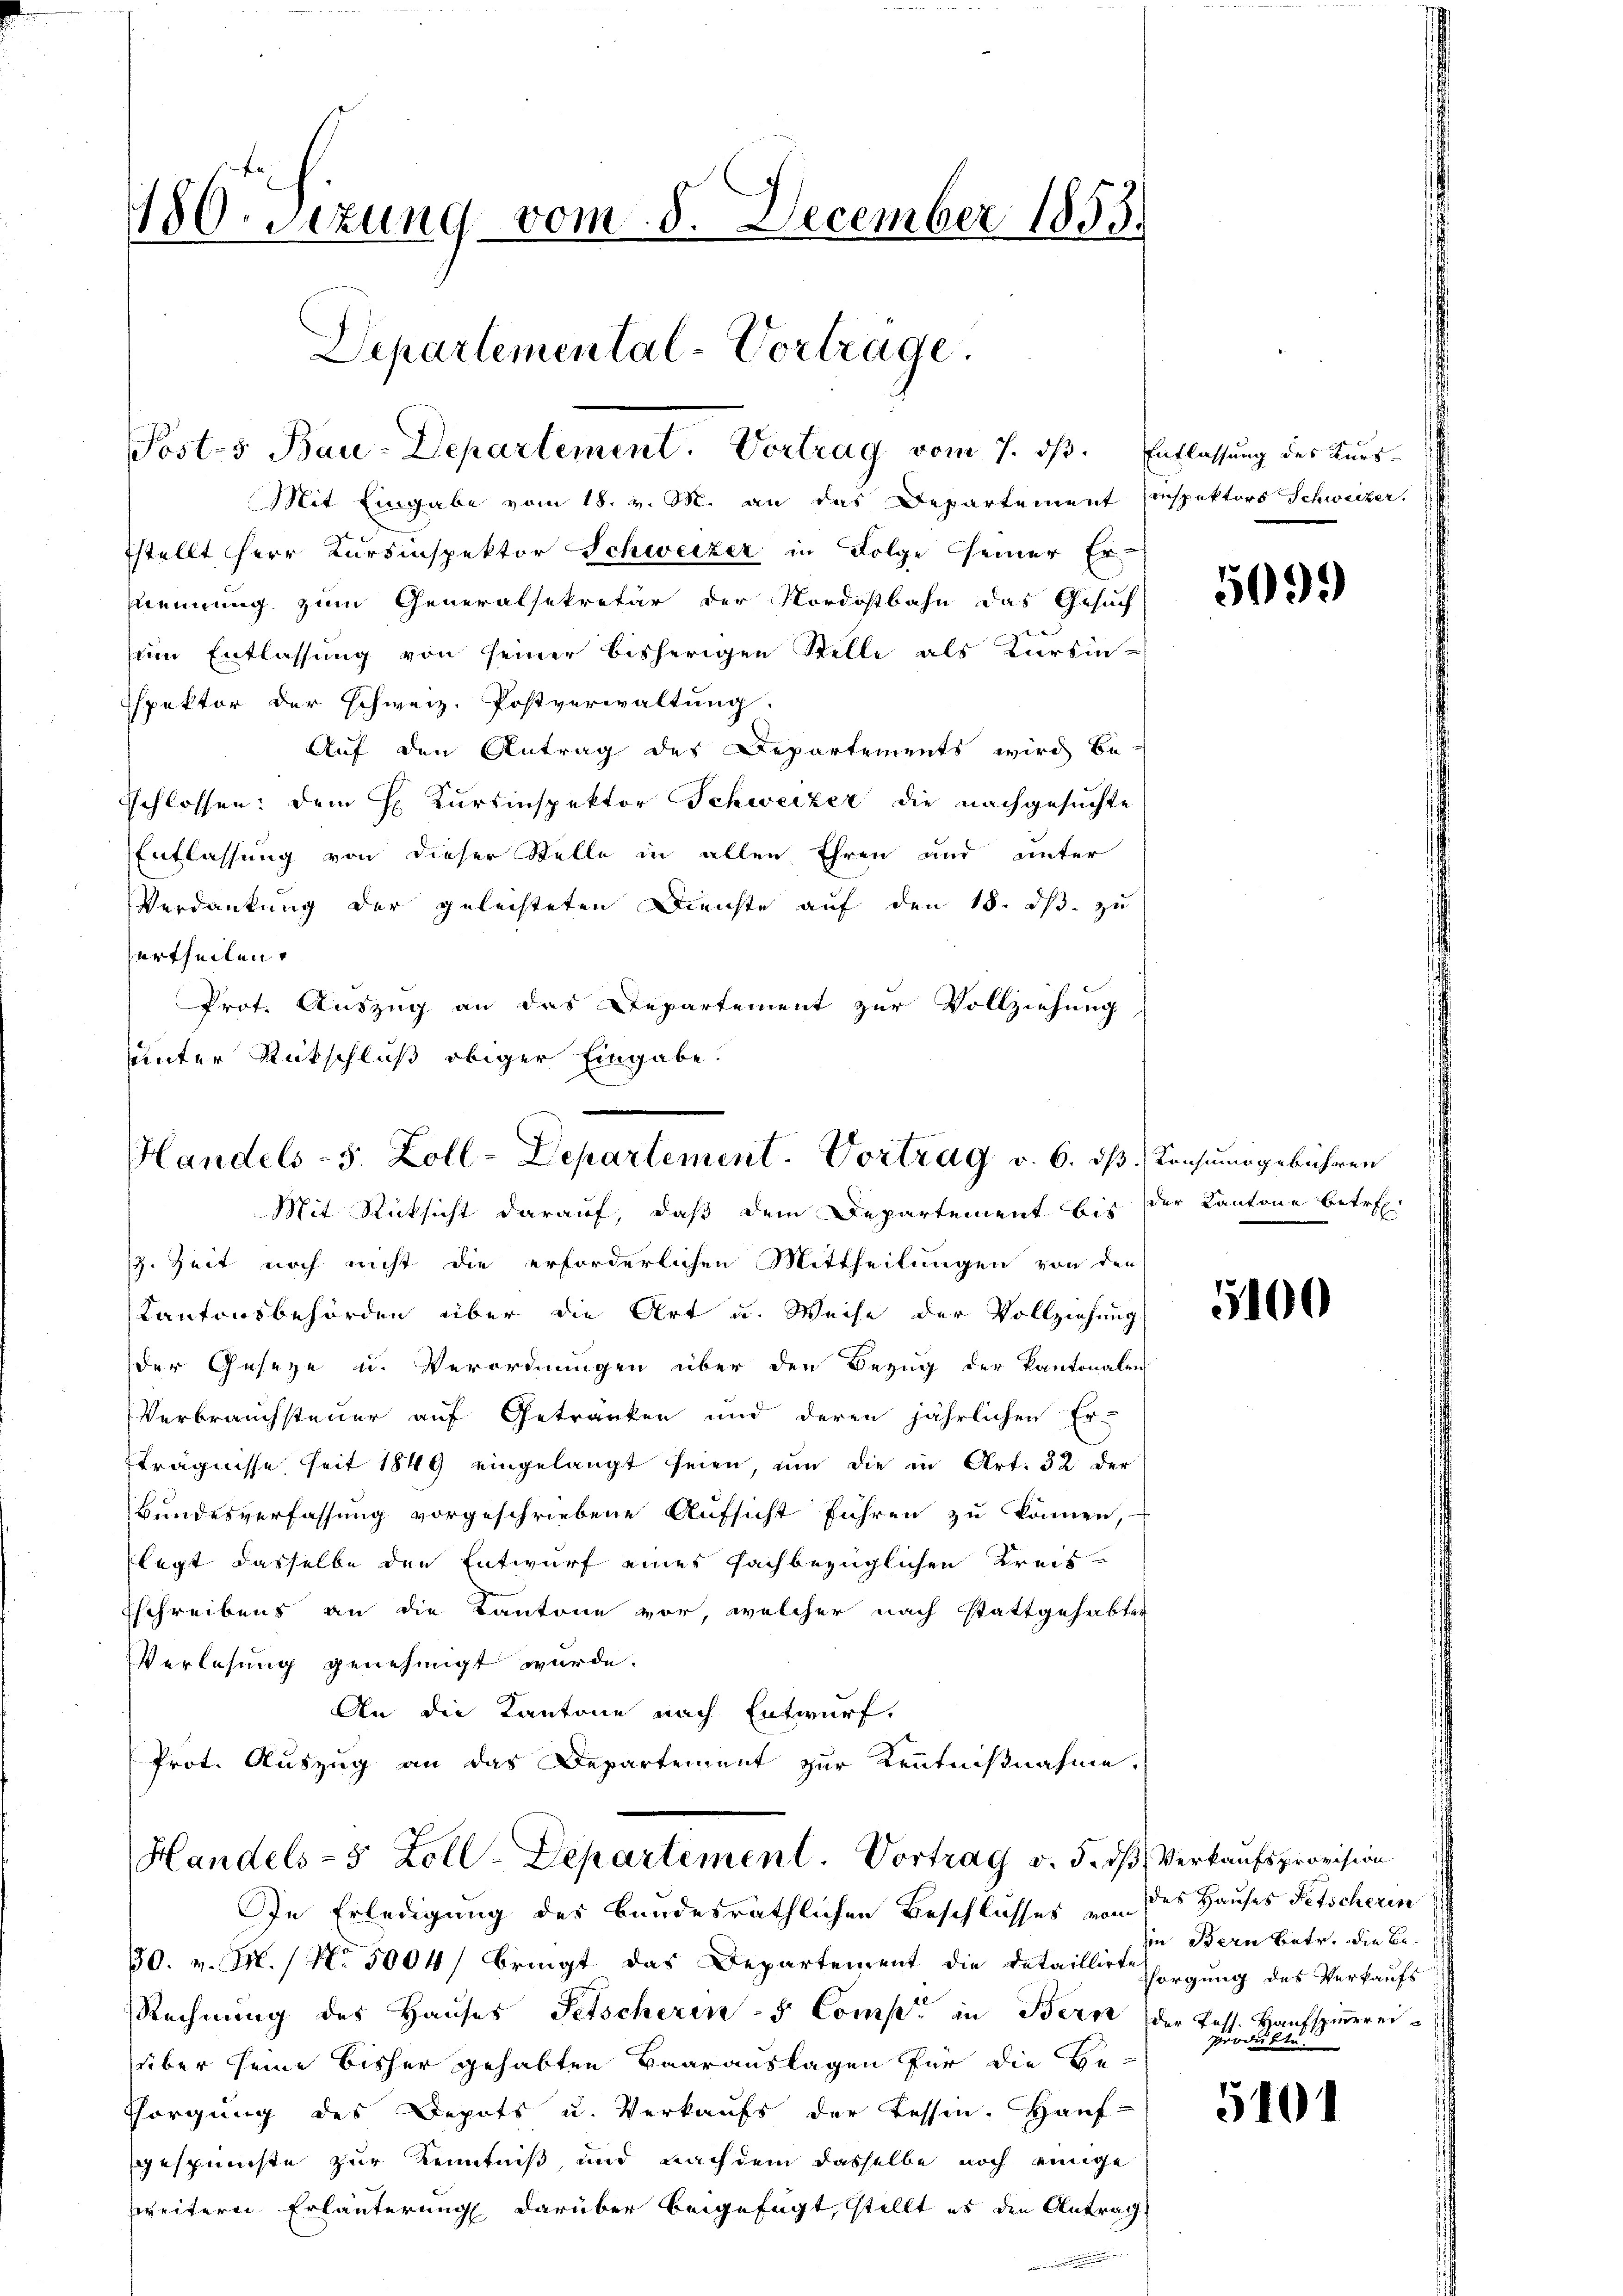
Mit Eingabe vom 18. v. M. an das Departement Einspektors Schweizer.
stellt Herr Kursinspektor Schweizer in Folge seiner Er-
strennung zum Generalsekretär der Nordostbahn das Gesuch
sein Entlassung von seiner bisherigen Stelle als Kursin-
spektor der Schweiz. Postverwaltung.
Auf den Antrag des Departements wird be-
Schlossen: dem H. Kursinspektor Schweizer die nachgesuchte
Entlassung von dieser Stelle in allen Ehren und unter
Verdankung der geleisteten Dienste auf den 18. ds. zu
urtheilen.
Prot. Auszug an das Departement zur Vollziehung
sunter Rückschluß obiger Eingabe.

180. Sizung vom 8. December 1853.
Departemental-Vortrage.
Posts Bau-Departement. Vortrag vom 7. dβ. Entlassung des Kurs-

Handels-S. Zoll-Departement. Vortrag v. 6. ds Konsumsgebühren
Mit Rücksicht darauf, daß dem Departement bis der Kantone betref

. Zeit noch nicht die erforderlichen Mittheilungen von den
Kantonsbehörden über die Art u. Weise der Vollziehung
der Geseze u. Verordnungen über den Bezug der Kantonalen
Verbrauchsteuer auf Getranken und deren jährlichen Er-
trägnisse seit 1849 eingelangt seien, um die in Art. 32 der
Bundesverfassung vorgeschriebene Aufsicht führen zu können,
legt dasselbe den Entwurf eines fachbezüglichen Kreis-
sschreibens an die Kantone vor, welcher nach stattgehabter
Verlesung genehmigt wurde.
An die Kantone nach Entwurf,
Prot. Auszug an das Departement zur Kenntnißnahme.
Handels- 5 Zoll-Departement. Vortrag v. 5. dβ Verkaufsprovision
In Erledigung des bundesräthlichen Beschlusses von des Hauses Fetscherin
30. v. M. / No 5004/ bringt das Departement die detaillirt sorgŭng des Verkaŭfs
Rechnŭng des Haŭses Petscheren - Comp. in Bern (der Tess. Haŭfspinnereiüber seine bisher gehabten Baarauslagen für die Be-
sorgung des Depots u. Verkaŭfs der Tessin. Haŭf-
gespünste zur Kenntniß und nachdem dasselbe noch einige
weitern Erläuterung darüber beigefügt, stellt es den Antrag

5099

5100

in Bern betr. die Been

5101